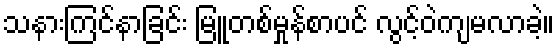
သနားကြင်နာခြင်း မြူတစ်မှုန်စာပင် လွင့်ဝဲကျမလာခဲ့။